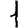
Digit: 1